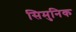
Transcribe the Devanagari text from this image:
सिमुनिक